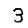
Digit: 3